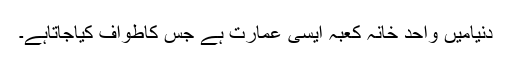
دنیامیں واحد خانہ کعبہ ایسی عمارت ہے جس کاطواف کیاجاتاہے۔